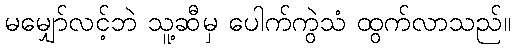
မမျှော်လင့်ဘဲ သူ့ဆီမှ ပေါက်ကွဲသံ ထွက်လာသည်။